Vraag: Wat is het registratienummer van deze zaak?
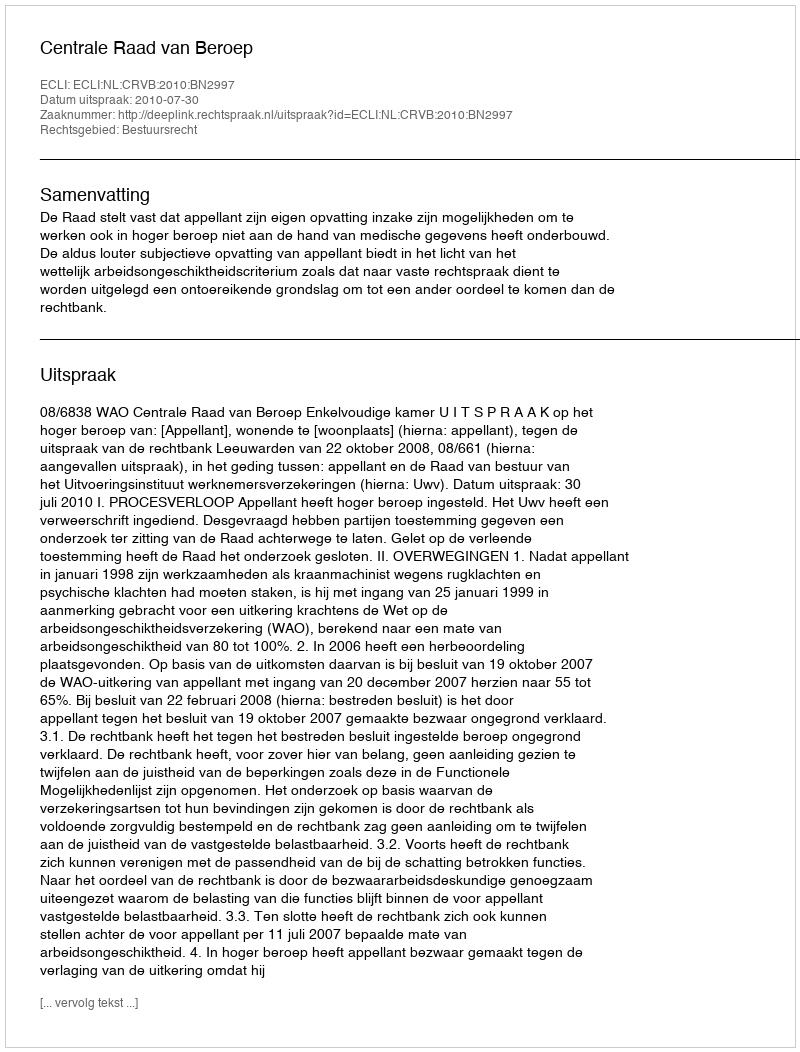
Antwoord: http://deeplink.rechtspraak.nl/uitspraak?id=ECLI:NL:CRVB:2010:BN2997